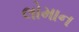
લોમાન